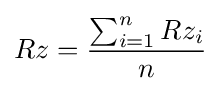
Rz={\frac {\sum _{i=1}^{n}Rz_{i}}{n}}